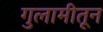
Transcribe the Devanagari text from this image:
गुलामीतून